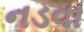
નડવા